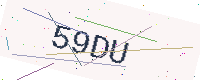
Text: 59DU